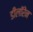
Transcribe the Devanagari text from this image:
डीलॉरेन